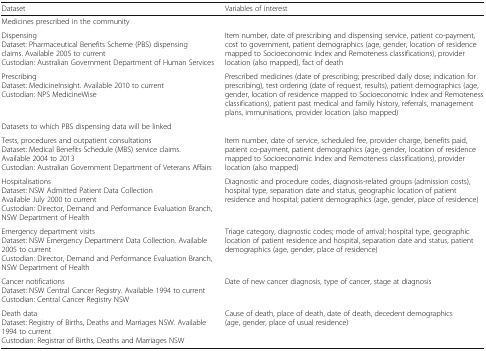
| Dataset | Variables of interest |
 | --- | --- |
 | Medicines prescribed in the community |  |
 | DispensingDataset: Pharmaceutical Benefits Scheme (PBS) dispensing claims. Available 2005 to currentCustodian: Australian Government Department of Human Services | Item number, date of prescribing and dispensing service, patient co-payment, cost to government, patient demographics (age, gender, location of residence mapped to Socioeconomic Index and Remoteness classifications), provider location (also mapped), fact of death |
 | PrescribingDataset: MedicineInsight. Available 2010 to currentCustodian: NPS MedicineWise | Prescribed medicines (date of prescribing; prescribed daily dose; indication for prescribing), test ordering (date of request, results), patient demographics (age, gender, location of residence mapped to Socioeconomic Index and Remoteness classifications), patient past medical and family history, referrals, management plans, immunisations, provider location (also mapped) |
 | <COLSPAN=2> Datasets to which PBS dispensing data will be linked |
 | Tests, procedures and outpatient consultationsDataset: Medical Benefits Schedule (MBS) service claims. Available 2004 to 2013Custodian: Australian Government Department of Veterans Affairs | Item number, date of service, scheduled fee, provider charge, benefits paid, patient co-payment, patient demographics (age, gender, location of residence mapped to Socioeconomic Index and Remoteness classifications), provider location (also mapped) |
 | HospitalisationsDataset: NSW Admitted Patient Data CollectionAvailable July 2000 to currentCustodian: Director, Demand and Performance Evaluation Branch, NSW Department of Health | Diagnostic and procedure codes, diagnosis-related groups (admission costs), hospital type, separation date and status, geographic location of patient residence and hospital; patient demographics (age, gender, place of residence) |
 | Emergency department visitsDataset: NSW Emergency Department Data Collection. Available 2005 to currentCustodian: Director, Demand and Performance Evaluation Branch, NSW Department of Health | Triage category, diagnostic codes; mode of arrival; hospital type, geographic location of patient residence and hospital, separation date and status, patient demographics (age, gender, place of residence) |
 | Cancer notificationsDataset: NSW Central Cancer Registry. Available 1994 to currentCustodian: Central Cancer Registry NSW | Date of new cancer diagnosis, type of cancer, stage at diagnosis |
 | Death dataDataset: Registry of Births, Deaths and Marriages NSW. Available 1994 to currentCustodian: Registrar of Births, Deaths and Marriages NSW | Cause of death, place of death, date of death, decedent demographics (age, gender, place of usual residence) |